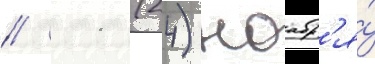
// 11 (24) ноабр'я́